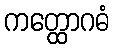
ကတ္ထောဂဓံ